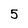
Character: 5